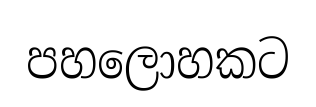
පහලොහකට